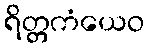
ရိတ္တကံယေဝ